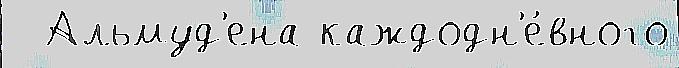
  Альмуд'ена каждодн'е́вного